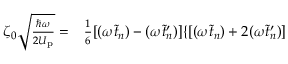
\begin{array} { r l } { \zeta _ { 0 } \sqrt { \frac { \hbar \omega } { 2 U _ { \mathrm { p } } } } = } & { { } \frac { 1 } { 6 } [ ( \omega \tilde { t } _ { n } ) - ( \omega \tilde { t } _ { n } ^ { \prime } ) ] \{ [ ( \omega \tilde { t } _ { n } ) + 2 ( \omega \tilde { t } _ { n } ^ { \prime } ) ] } \end{array}